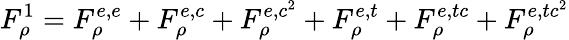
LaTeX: F_{\rho}^{1}=F_{\rho}^{e,e}+F_{\rho}^{e,c}+F_{\rho}^{e,c^{2}}+F_{\rho}^{e,t}+F_{\rho}^{e,tc}+F_{\rho}^{e,tc^{2}}